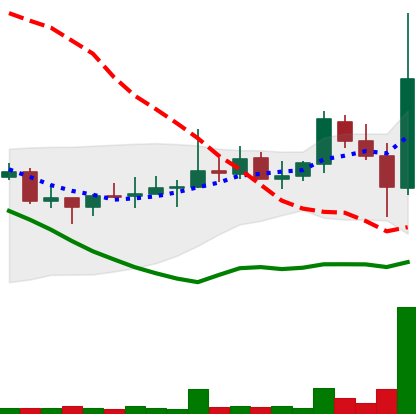
Ticker: DOGE-USD
Chart end date: 2021-10-28
Forward return: -9.095%
Label: down_7plus